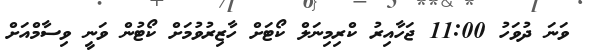
ވަނަ ދުވަހު 11:00 ޖަހާއިރު ކްރިމިނަލް ކޯޓަށް ހާޒިރުވުމަށް ކޯޓުން ވަނީ ވިސާމްއަށް